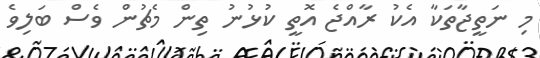
މި ނަތީޖާތަކާ އެކު ރާއްޖެ އޮތީ ކުޅުނު ތިން މެޗުން ވެސް ބަލިވެ